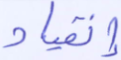
إنقياد